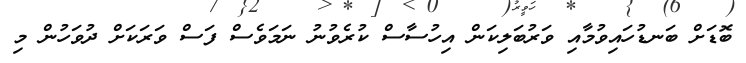
ބޮޑަށް ބަނޑުހައިވުމާއި ވަރުބަލިކަން އިހުސާސް ކުރެވުނު ނަމަވެސް ފަސް ވަރަކަށް ދުވަހުން މި